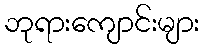
ဘုရားကျောင်းများ